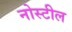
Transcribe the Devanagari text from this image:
नोस्टील